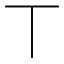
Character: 丅